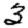
Digit: 3